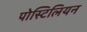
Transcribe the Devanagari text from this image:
पोस्टिलियन